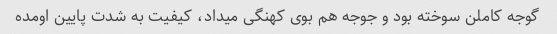
گوجه کاملن سوخته بود و جوجه هم بوی کهنگی میداد، کیفیت به شدت پایین اومده